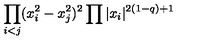
\displaystyle { \prod _ { i < j } ( x _ { i } ^ { 2 } - x _ { j } ^ { 2 } ) ^ { 2 } \prod | x _ { i } | ^ { 2 ( 1 - q ) + 1 } }